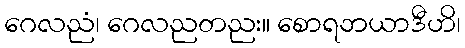
ဂေလညံ၊ ဂေလညတညး။ စောရဘယာဒီဟိ၊